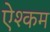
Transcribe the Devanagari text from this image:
ऐश्कम